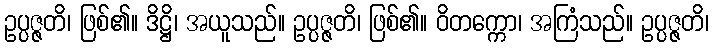
ဥပ္ပဇ္ဇတိ၊ ဖြစ်၏။ ဒိဋ္ဌိ၊ အယူသည်။ ဥပ္ပဇ္ဇတိ၊ ဖြစ်၏။ ဝိတက္ကော၊ အကြံသည်။ ဥပ္ပဇ္ဇတိ၊